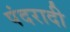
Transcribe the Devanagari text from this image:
पंदरादी